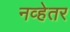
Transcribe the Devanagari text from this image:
नव्हेतर